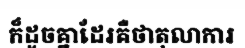
ក៏ដូចគ្នាដែរគឺថាតុលាការ